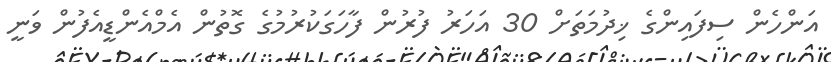
އަންހެން ސިފައިންގެ ޚިދުމަތަށް 30 އަހަރު ފުރުން ފާހަގަކުރުމުގެ ގޮތުން އެމްއެންޑީއެފުން ވަނީ